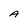
Character: A